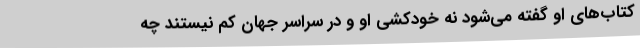
کتاب‌های او گفته می‌شود نه خودکشی او و در سراسر جهان کم نیستند چه